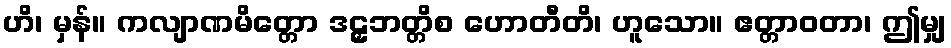
ဟိ၊ မှန်။ ကလျာဏမိတ္တော ဒဠှဘတ္တိစ ဟောတီတိ၊ ဟူသော။ ဧတ္တာဝတာ၊ ဤမျှ